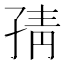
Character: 𭓉